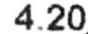
4.20